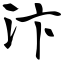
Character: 汴